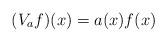
LaTeX: \begin{align*} (V_af)(x) = a(x)f(x)\end{align*}